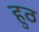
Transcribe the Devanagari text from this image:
हुठ